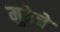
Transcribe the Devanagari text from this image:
मुठेचे